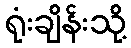
ရုံးချိန်းသို့